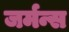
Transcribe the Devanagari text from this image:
जर्मन्स